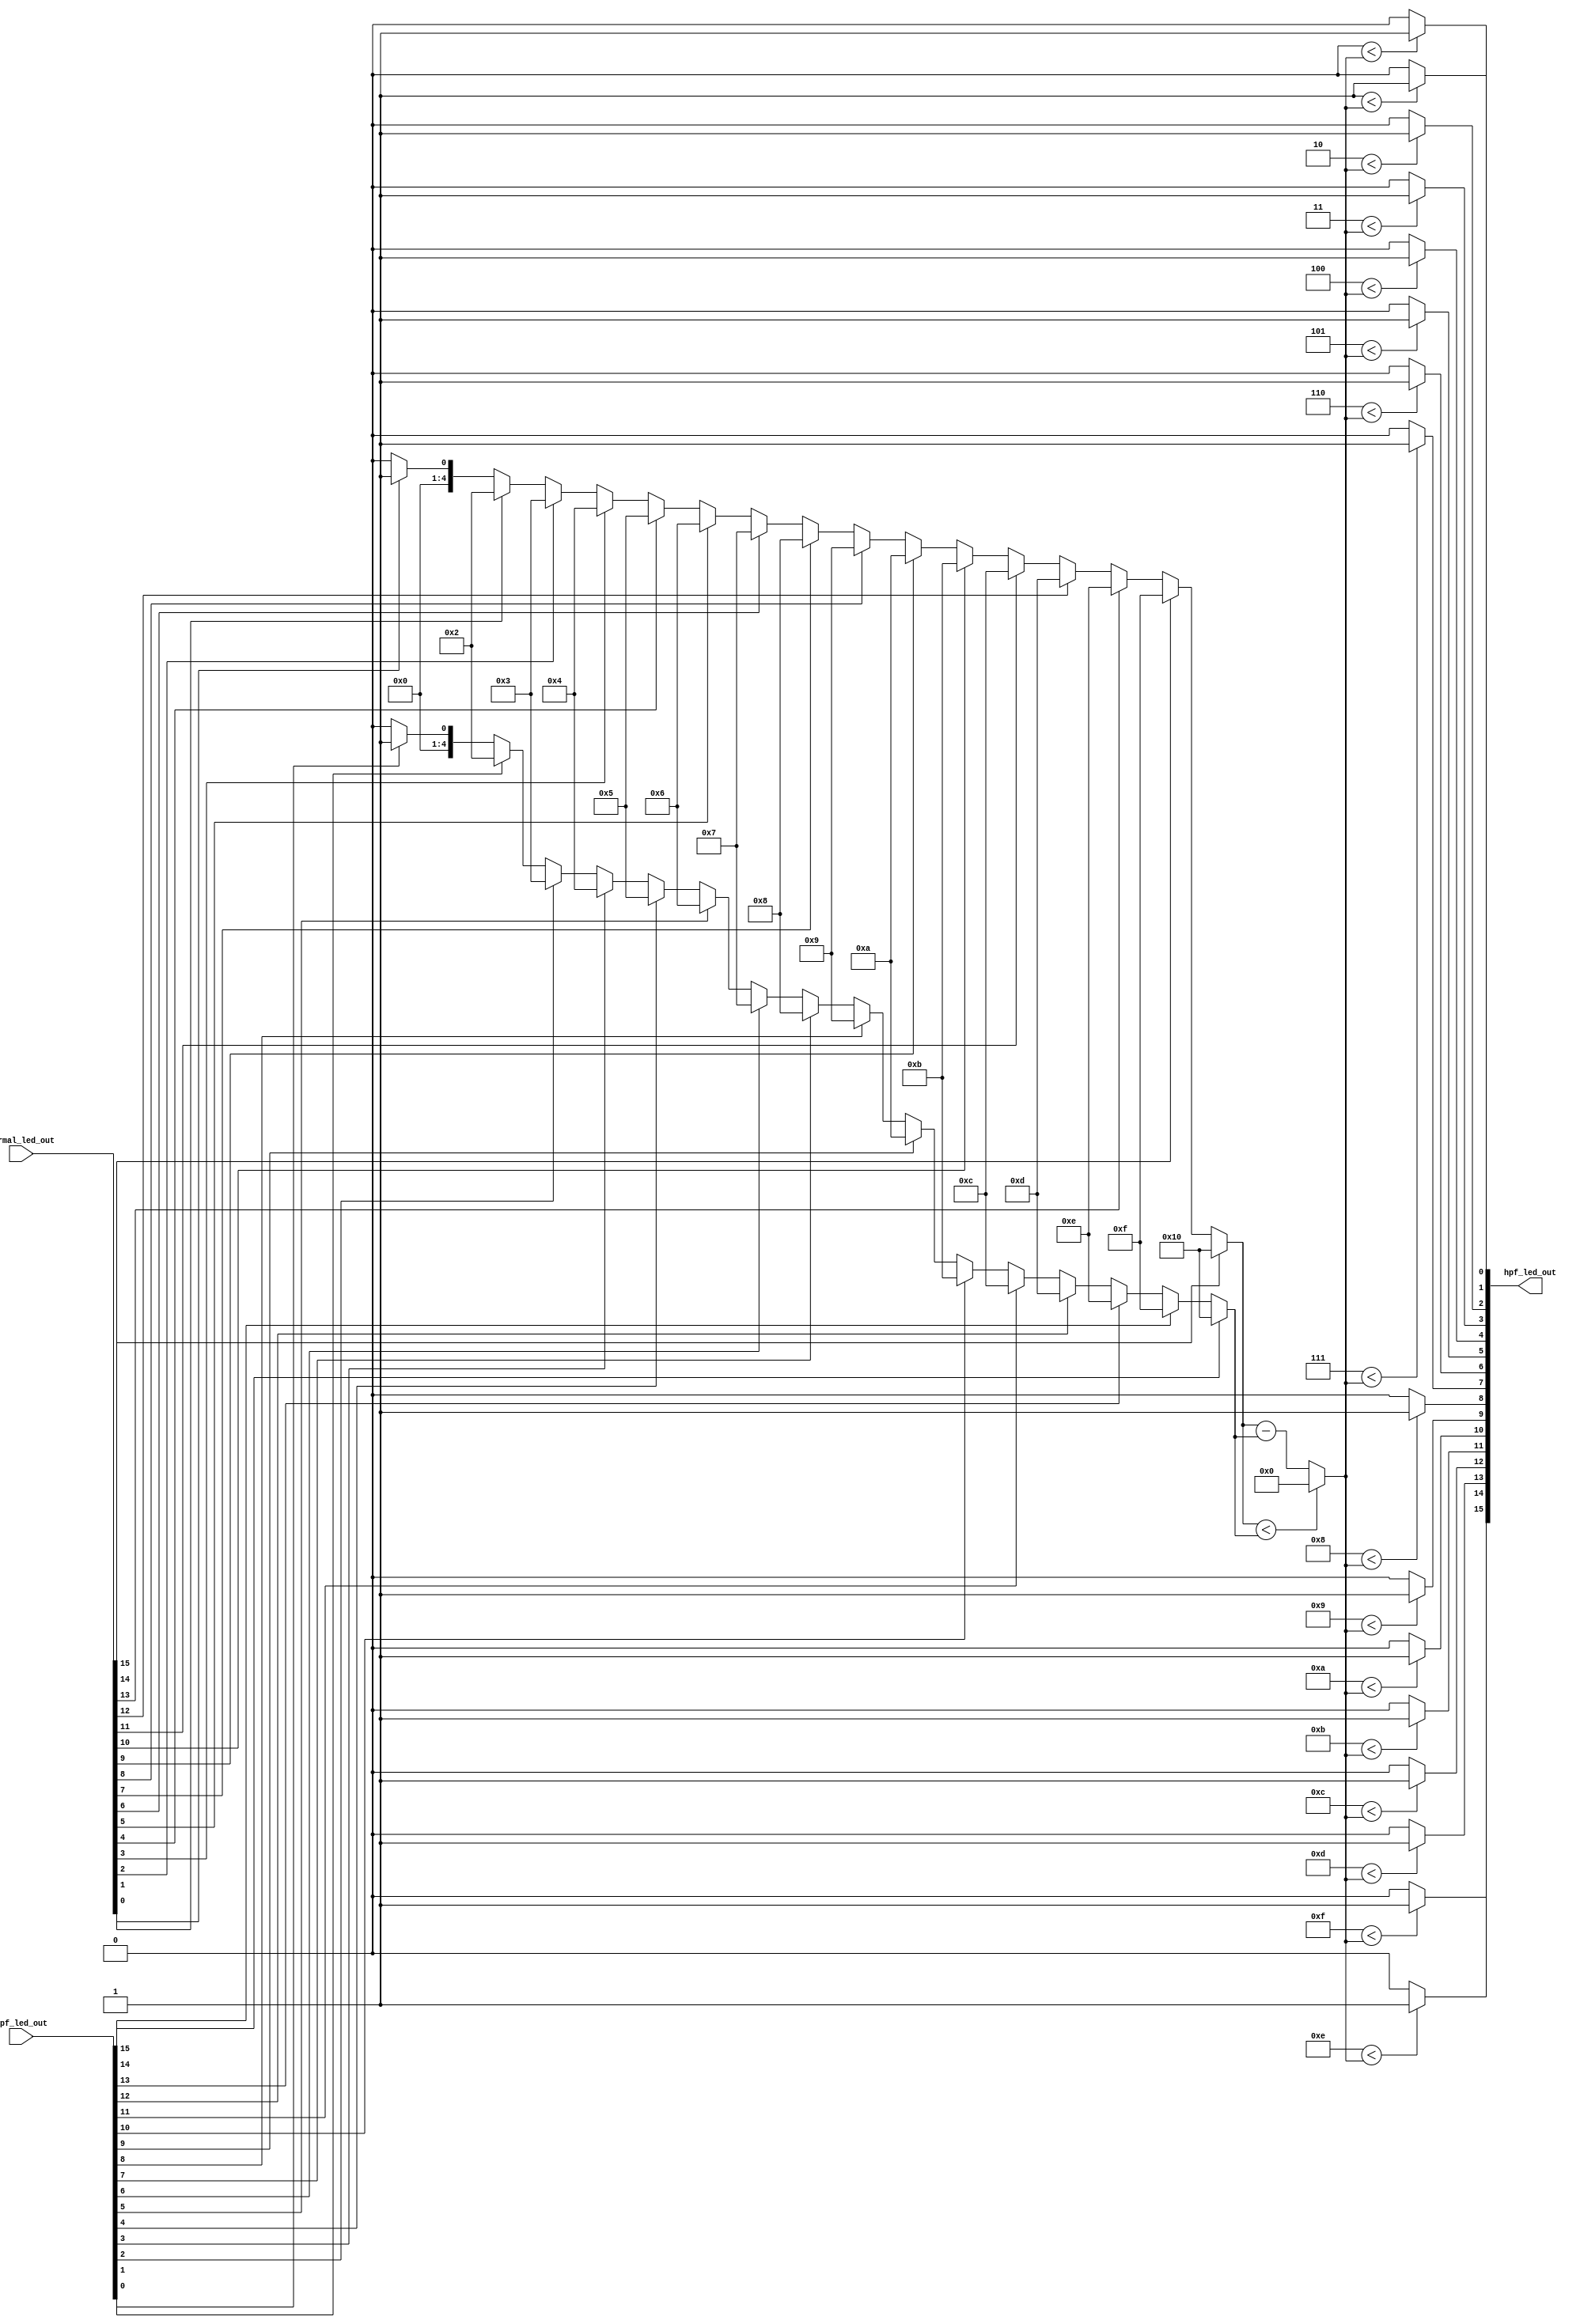
`timescale 1ns / 1ps
//////////////////////////////////////////////////////////////////////////////////
// Company: 
// Engineer: 
// 
// Design Name: 
// Module Name: generate_hpf
// Project Name: 
// Target Devices: 
// Tool Versions: 
// Description: 
// 
// Dependencies: 
// 
// Revision:
// Revision 0.01 - File Created
// Additional Comments:
// 
//////////////////////////////////////////////////////////////////////////////////


module generate_hpf(
    input [15:0] normal_led_out,
    input [15:0] lpf_led_out,
    output reg [15:0] hpf_led_out
    );
    
    reg [4:0] lpf_vol, normal_vol, hpf_vol;
    integer j, k;
    
    always @ (*) begin
        lpf_vol = 0;
        normal_vol = 0;
        
        for (j = 0; j < 16; j = j + 1) begin
            if (lpf_led_out[j] == 1) begin
                lpf_vol = j + 1;
            end
            if (normal_led_out[j] == 1) begin
                normal_vol = j + 1;
            end
        end
        
        hpf_vol = (normal_vol < lpf_vol) ? 0 : (normal_vol - lpf_vol);
        
        hpf_led_out = 0;
        
        for (k = 0; k < 16; k = k + 1) begin
            if (k < hpf_vol) begin
                hpf_led_out[k] = 1;
            end
            else begin
                hpf_led_out[k] = 0;
            end
        end
    end
    
endmodule